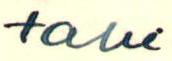
tahi